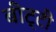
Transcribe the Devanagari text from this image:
बीट्टी